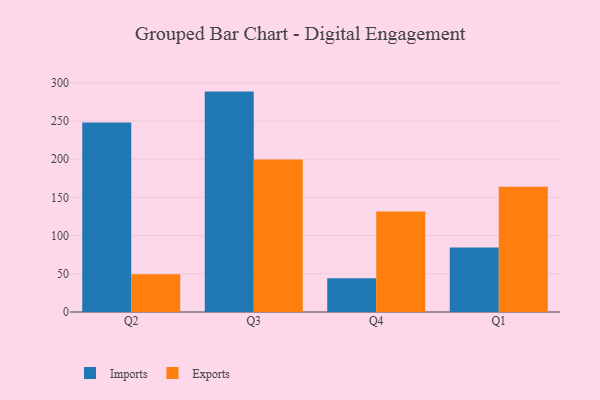
{"axis": {"x": "Quarter", "y": "Satisfaction Score"}, "legend": ["Exports", "Imports"], "data": [{"x": "Q2", "y": 247.9, "type": "Imports"}, {"x": "Q2", "y": 49.3, "type": "Exports"}, {"x": "Q3", "y": 288.4, "type": "Imports"}, {"x": "Q3", "y": 199.7, "type": "Exports"}, {"x": "Q4", "y": 44.1, "type": "Imports"}, {"x": "Q4", "y": 131.5, "type": "Exports"}, {"x": "Q1", "y": 84.3, "type": "Imports"}, {"x": "Q1", "y": 164.0, "type": "Exports"}]}